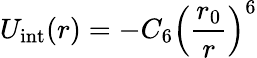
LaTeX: U_{\mathrm{int}}(r)=-C_{6}\left(\frac{r_{0}}{r}\right)^{6}